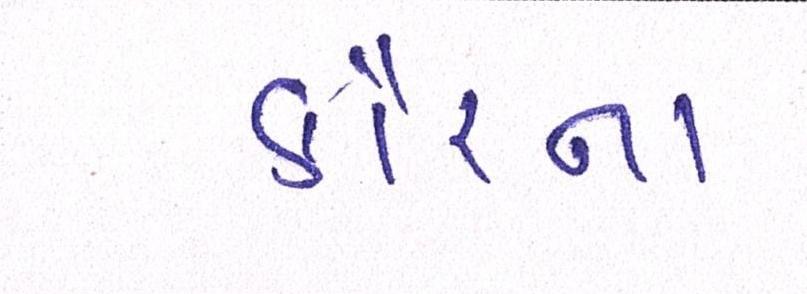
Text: કૌરના